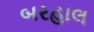
બરહાલ